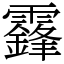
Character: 𩆨